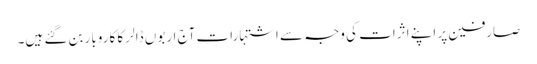
صارفین پر اپنے اثرات کی وجہ سے اشتہارات آج اربوں ڈالر کا کاروبار بن گئے ہیں۔